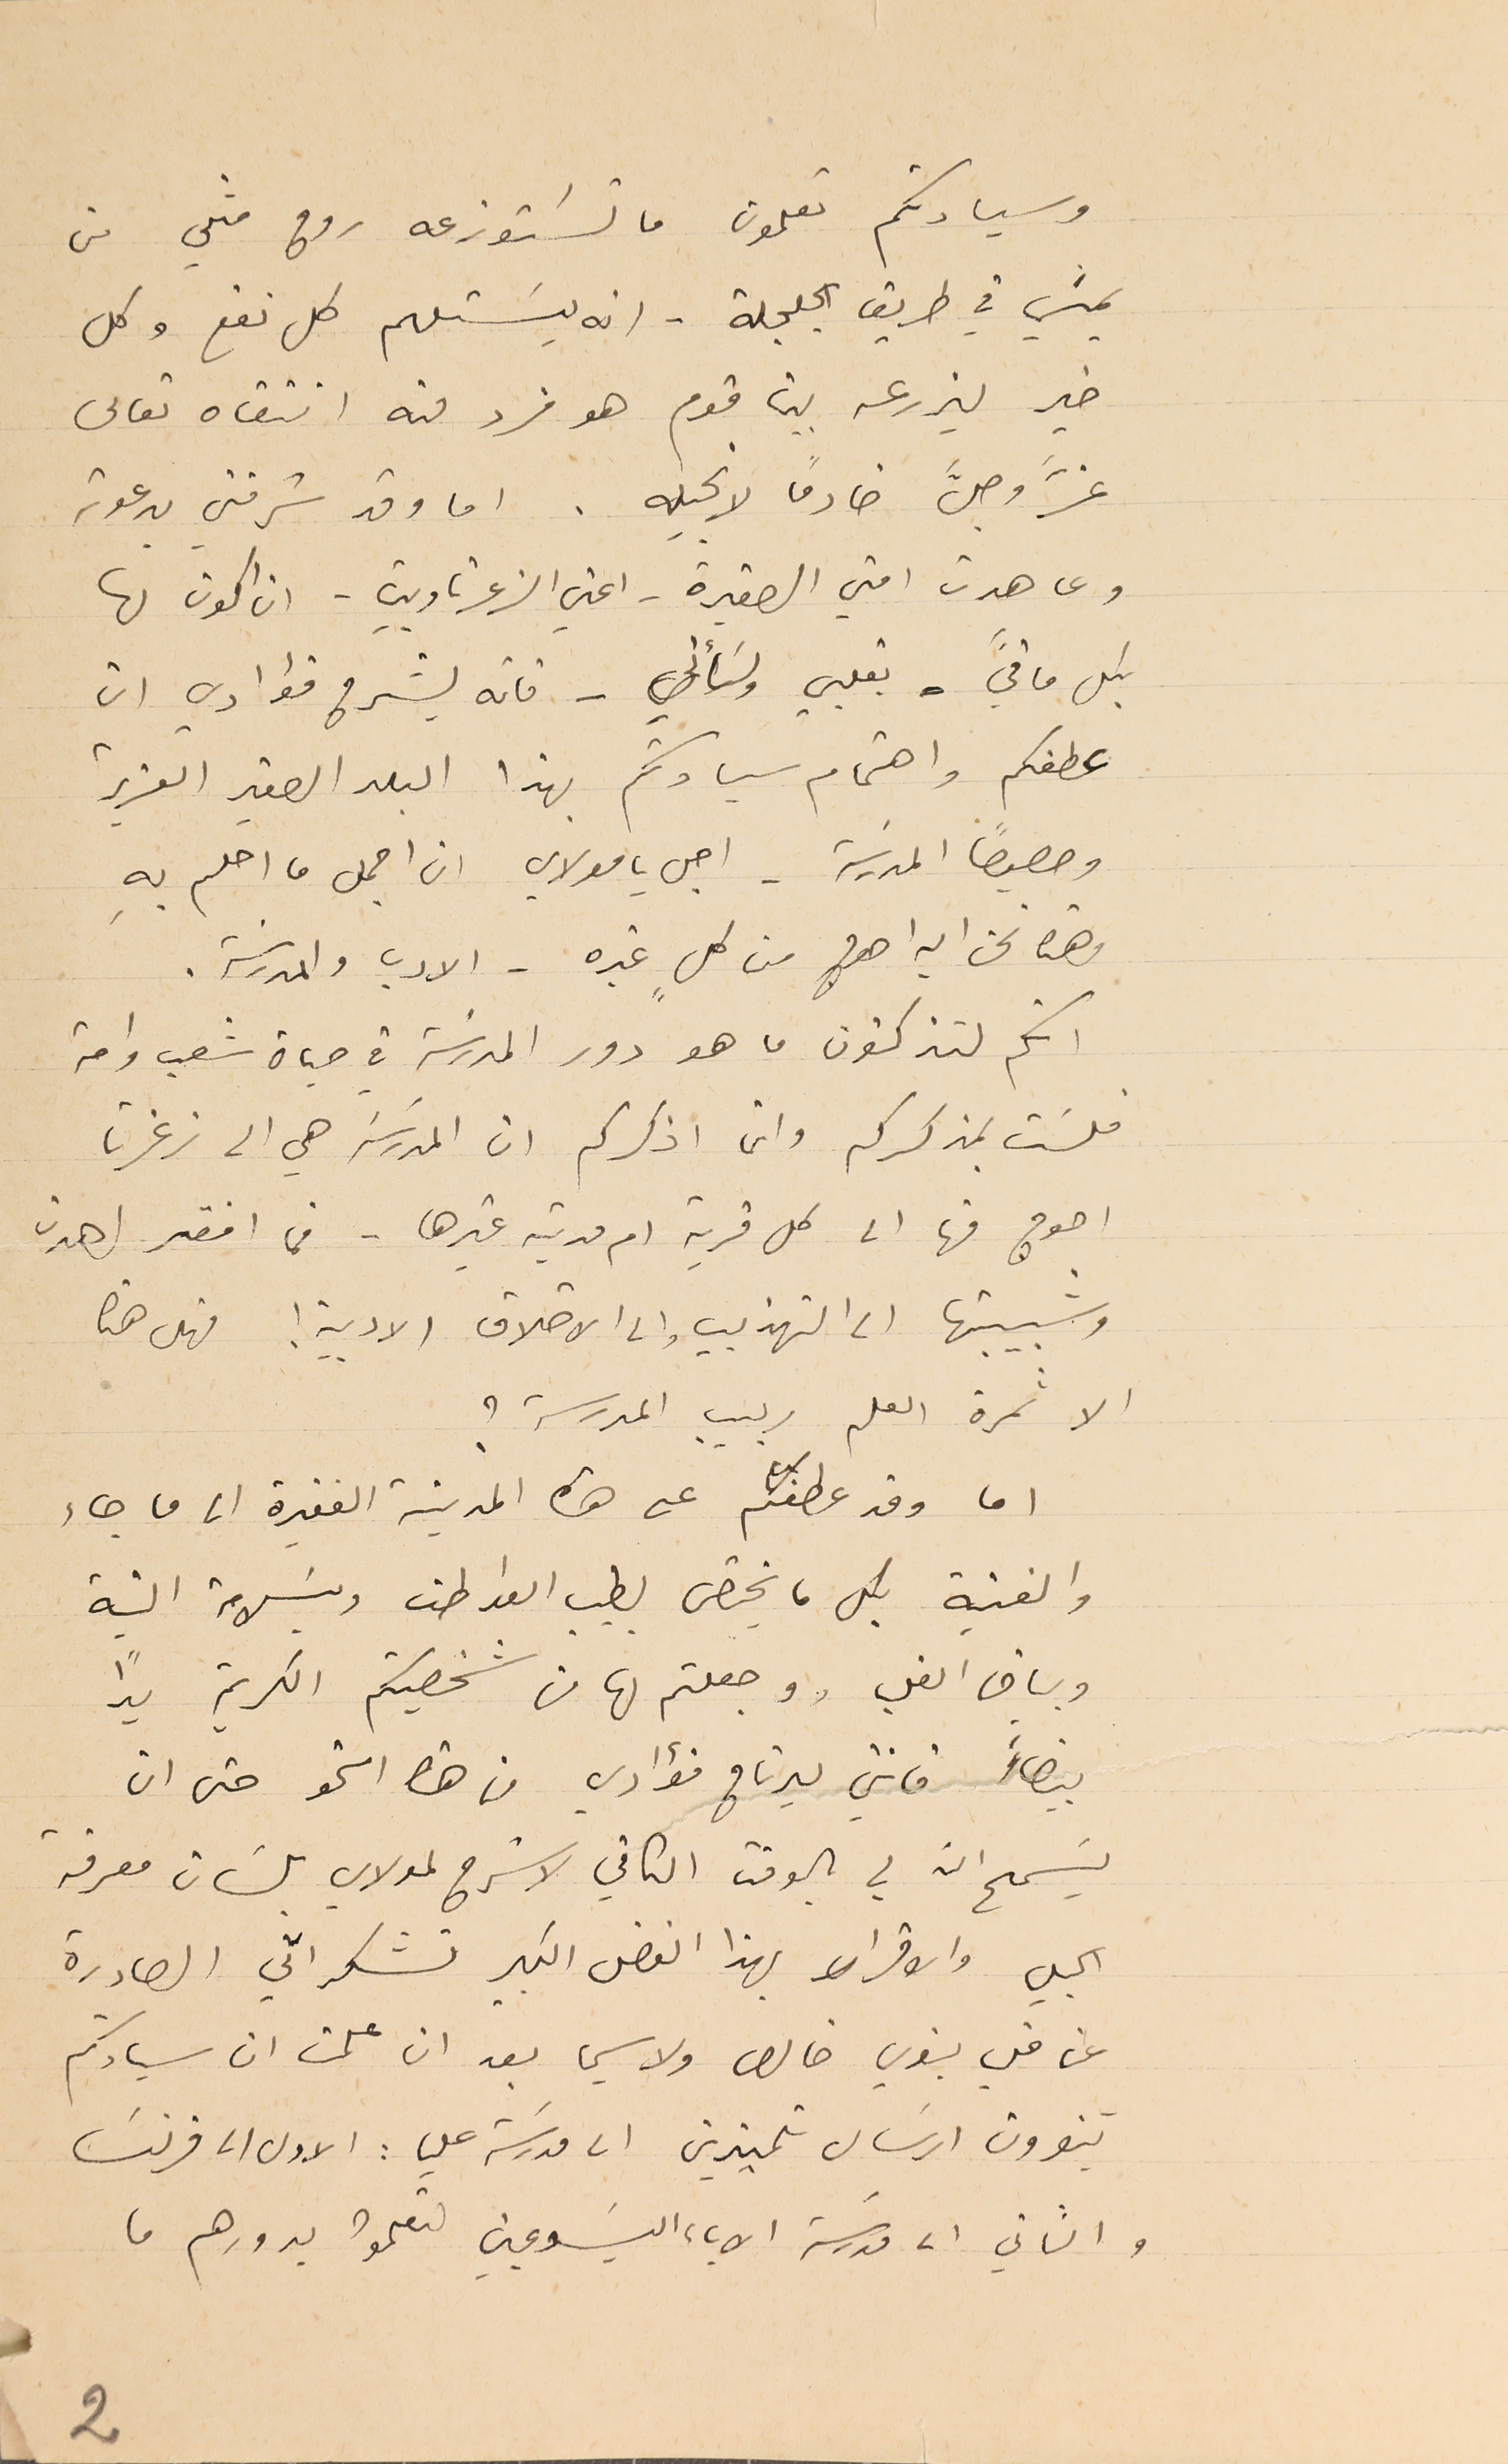
وسيادتكم تعلمون ما تسَتوزعه روح مثلي من
 يمشي في طريق الجلجلة - انه يسَتلهم كل نفع وكل
 خير ليزرعه بين قوم هو فرد منه انتقاه تعالى
عزَّ وجلَّ خادمًا لانجيله. اما وقد شرفني بدعوته
وعاهدت امتي الصغيرة - اعني الزغرتاويين . ان اكون لها
بكل ما فيَّ بقلبي ولسَأني - فانه يشرح فؤادي ان
عطفكم واهتمام سيادتكم بهذا البلد الصغير العزيز
وحصيصاً المدرسَة- اجل يا مولاي ان اجمل ما احلم بهِ
وهنا نحن اليه احوج من كلٍ غيره - الادب والمدرسَة.
 انكم لتذكون ما هو دور المدرسَة في حياة شعب وامة
فلسَت بمذكركم وانما اذكركم ان المدرسَة هي الى زغرتا
احوج منها الى كل قرية ام مدينة غيرها . فما افقر اهدن
وشبيبتها الى التهذيب والى الاخلاق الادبية! فهل هذا
 الا ثمرة العلم ربيب المدرسة ؟
 اما وقد عطفتم على هذه المدينة الفقيرة الى ما جاء
والفنية بكل ما يختص بطيب العواطف وبسَلامة النية
 وبياض القلب ووجعلتم لها من شخصيتكم الكريمة يداً
بيضاءً فانني ليرتاح فؤادي من هذا النحو حتى ان
يسَمح ان لي بالوقت الكافي لاشرح لمولاي بلسَان معرفة
الجلي والاقرار بهذا الفضل الكبير تشكراتي الصادرة
عن قلب بنوي خالص ولاسيما بعد ان علمت ان سيادتكم
تنوون ارسَال تلميذين الى مدرسَة عليا : الاول الى فرنسَا
والثاني الى مدرسَة الاباء اليسَوعيين لىتعلموا بدورهم ما
2